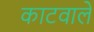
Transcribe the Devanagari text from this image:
काटवाले